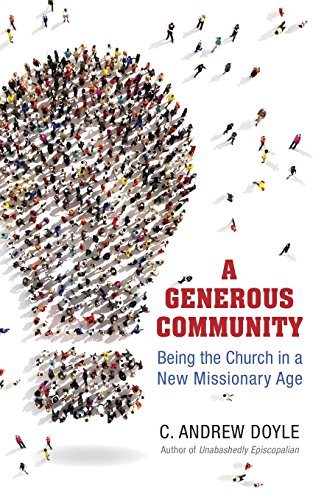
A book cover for A Generous Community: Being the Church in a New Missionary Age; C. Andrew Doyle; Christian Books & Bibles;